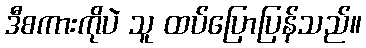
ဒီစကားကိုပဲ သူ ထပ်ပြောပြန်သည်။